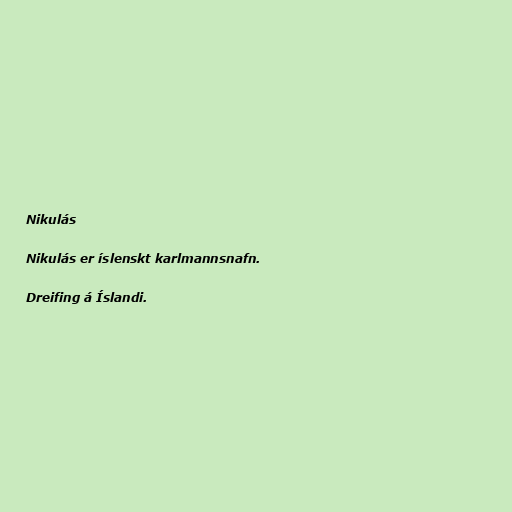
Nikulás

Nikulás er íslenskt karlmannsnafn.

Dreifing á Íslandi.